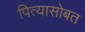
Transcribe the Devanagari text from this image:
पित्यासोबत